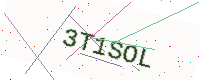
Text: 3T1SOL